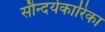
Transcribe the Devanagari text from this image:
सौन्दर्यकारिका